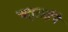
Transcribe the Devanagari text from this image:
चतुराईने